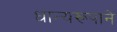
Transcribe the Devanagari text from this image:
धान्‍यरूपाने